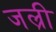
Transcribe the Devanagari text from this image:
जल्री